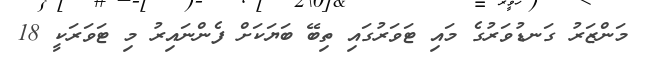
މަންޒަރު ގަނޑުވަރުގެ މައި ޓަވަރުގައި ތިބޭ ބަޔަކަށް ފެންނައިރު މި ޓަވަރަކީ 18